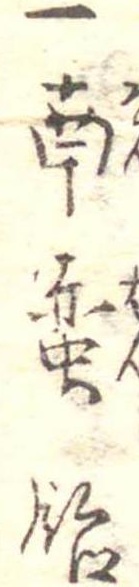
一南蛮飴